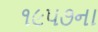
૧૯૫૭ના